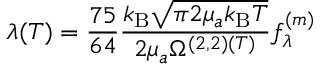
\lambda ( T ) = \frac { 7 5 } { 6 4 } \frac { k _ { \mathrm { B } } \sqrt { \pi 2 \mu _ { a } k _ { \mathrm { B } } T } } { 2 \mu _ { a } \Omega ^ { ( 2 , 2 ) ( T ) } } f _ { \lambda } ^ { ( m ) }